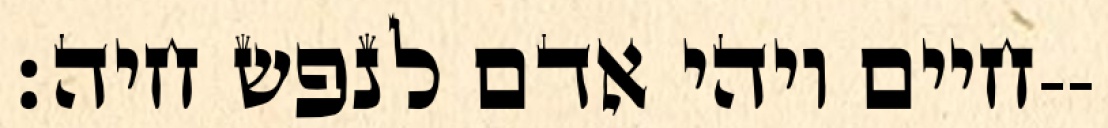
חיים ויהי אדם לנפש חיה׃--